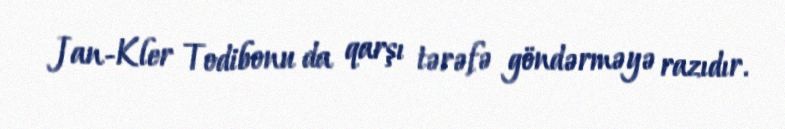
Jan-Kler Todibonu da qarşı tərəfə göndərməyə razıdır.